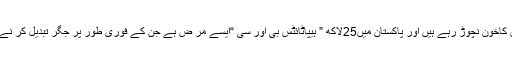
چوہدری سرور نے کہا کہ حکمران اپنی عوام دشمن پالیسوں کی وجہ سے غر یبوں کاخون نچوڑ رہے ہیں اور پاکستان میں25لاکھ ” ہیپاٹائٹس بی اور سی “ایسے مر ض ہے جن کے فوری طور پر جگر تبدیل کر نے کی ضرورت ہے ورنہ ان میں4ہزار روزانہ موت کے منہ میں چلے جائیں گے ۔